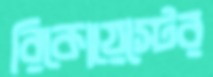
রিকোয়েস্টের